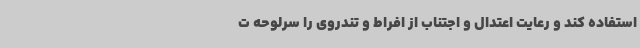
استفاده کند و رعایت اعتدال و اجتناب از افراط و تندروی را سرلوحه ت